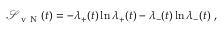
\begin{array} { r } { \mathcal { S } _ { \mathrm { ~ v ~ N ~ } } ( t ) = - \lambda _ { + } ( t ) \ln \lambda _ { + } ( t ) - \lambda _ { - } ( t ) \ln \lambda _ { - } ( t ) \ , } \end{array}